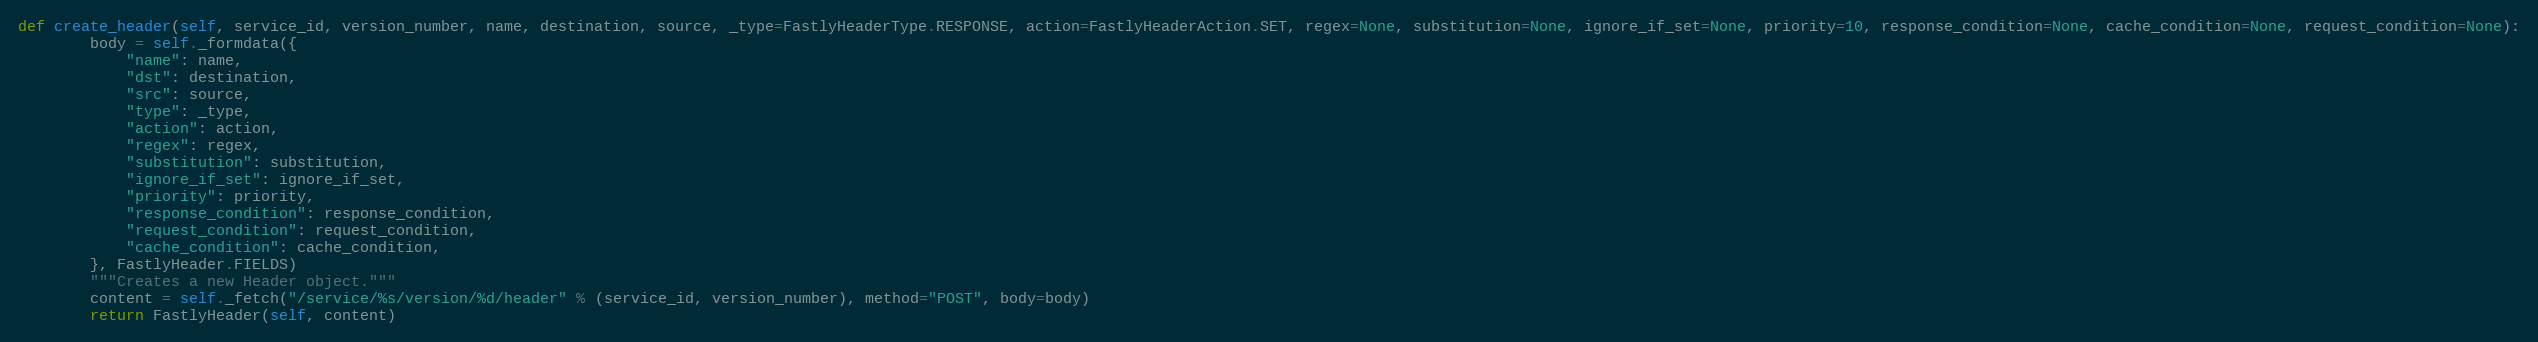
Language: Python
def create_header(self, service_id, version_number, name, destination, source, _type=FastlyHeaderType.RESPONSE, action=FastlyHeaderAction.SET, regex=None, substitution=None, ignore_if_set=None, priority=10, response_condition=None, cache_condition=None, request_condition=None):
		body = self._formdata({
			"name": name,
			"dst": destination,
			"src": source,
			"type": _type,
			"action": action,
			"regex": regex,
			"substitution": substitution,
			"ignore_if_set": ignore_if_set,
			"priority": priority,
			"response_condition": response_condition,
			"request_condition": request_condition,
			"cache_condition": cache_condition,
		}, FastlyHeader.FIELDS)
		"""Creates a new Header object."""
		content = self._fetch("/service/%s/version/%d/header" % (service_id, version_number), method="POST", body=body)
		return FastlyHeader(self, content)